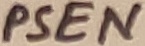
Text: PSEN